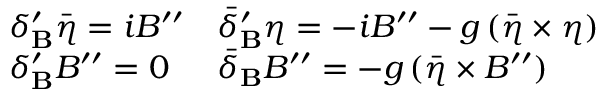
\begin{array} { l l } { { \displaystyle \delta _ { \bf B } ^ { \prime } \bar { \eta } = i B ^ { \prime \prime } } } & { { \displaystyle \bar { \delta } _ { \bf B } ^ { \prime } \eta = - i B ^ { \prime \prime } - g \, ( \bar { \eta } \times \eta ) } } \\ { { \displaystyle \delta _ { \bf B } ^ { \prime } B ^ { \prime \prime } = 0 } } & { { \displaystyle \bar { \delta } _ { \bf B } B ^ { \prime \prime } = - g \, ( \bar { \eta } \times B ^ { \prime \prime } ) } } \end{array}